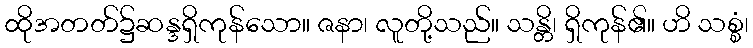
ထိုအတတ်၌ဆန္ဒရှိကုန်သော။ ဇနာ၊ လူတို့သည်။ သန္တိ၊ ရှိကုန်၏။ ဟိ သစ္စံ၊